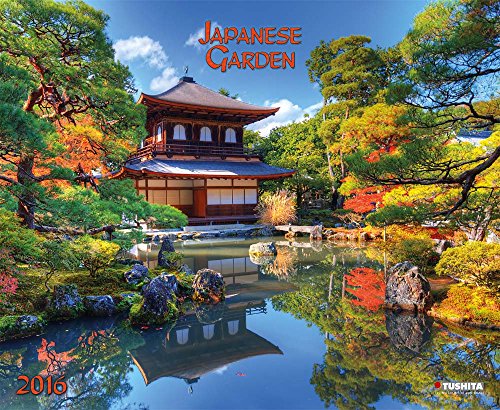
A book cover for Japanese Garden (160651) (English, Spanish, French, Italian and German Edition); Tushita; Calendars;